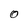
Character: O